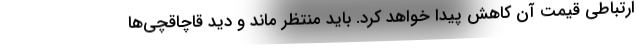
ارتباطی قیمت آن کاهش پیدا خواهد کرد. باید منتظر ماند و دید قاچاقچی‌ها